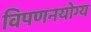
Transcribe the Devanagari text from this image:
विपणनयोग्य